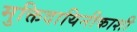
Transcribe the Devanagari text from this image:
मुक्तिदायिनीकाशी